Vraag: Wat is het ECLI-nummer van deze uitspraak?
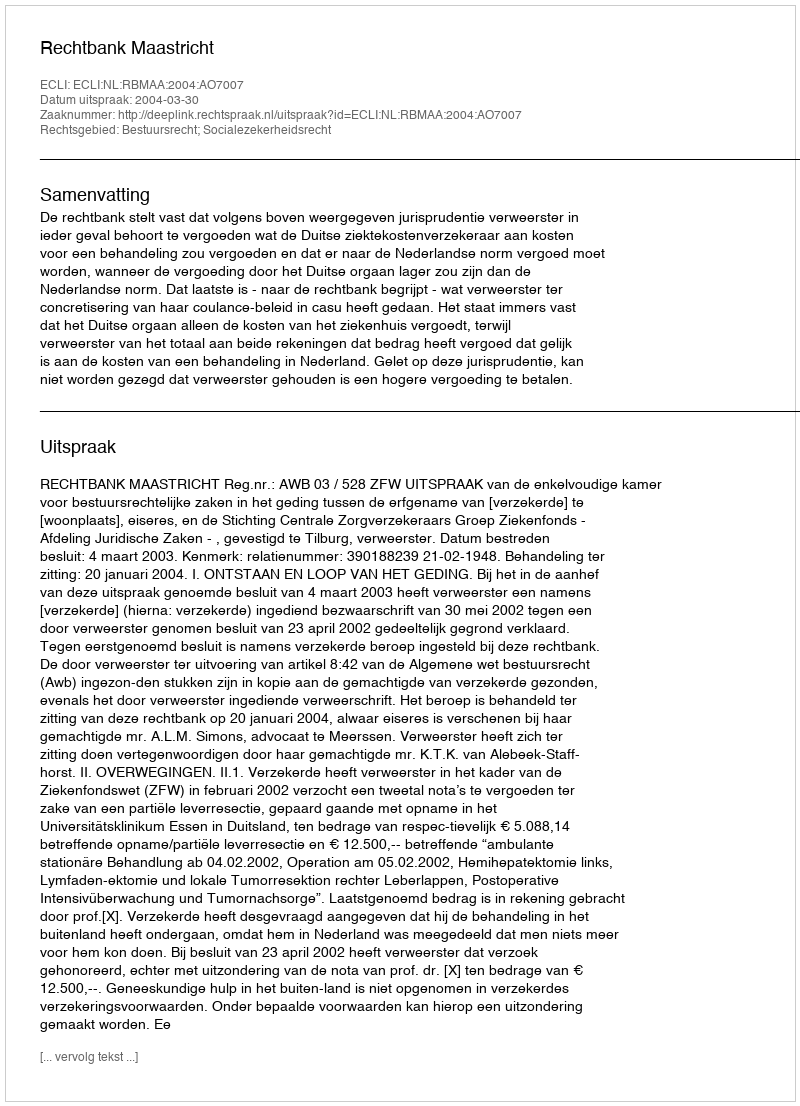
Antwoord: ECLI:NL:RBMAA:2004:AO7007